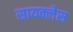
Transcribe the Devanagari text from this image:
सायक्लेस